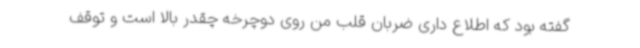
گفته بود که اطلاع داری ضربان قلب من روی دوچرخه چقدر بالا است و توقف